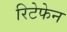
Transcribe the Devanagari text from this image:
रिटेफेन